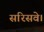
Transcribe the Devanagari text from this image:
सरिसवे।